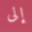
إلى